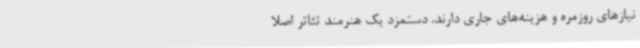
نیازهای روزمره و هزینه‌های جاری دارند. دستمزد یک هنرمند تئاتر اصلا